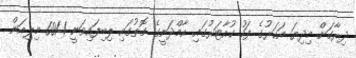
ދިރާގަށް މިދިޔަ އަހަރުގެ ފަހު ކުއާޓަރުގައި އާމްދަނީގެ ގޮތުގައި ލިބިފައިވަނީ 601.1 މިލިއަން